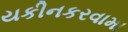
યકીનકરવામા